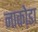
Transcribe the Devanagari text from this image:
नाका़ेडा